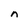
Character: n